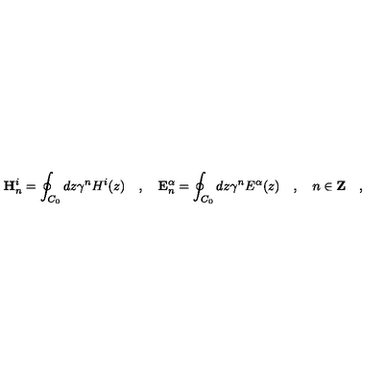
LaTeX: \mathbf { H } _ { n } ^ { i } = \oint _ { C _ { 0 } } d z \gamma ^ { n } H ^ { i } ( z ) \quad , \quad \mathbf { E } _ { n } ^ { \alpha } = \oint _ { C _ { 0 } } d z \gamma ^ { n } E ^ { \alpha } ( z ) \quad , \quad n \in \mathbf { Z } \quad ,